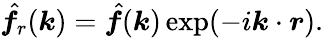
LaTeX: \hat{\boldsymbol f}_{r}(\boldsymbol k)=\hat{\boldsymbol f}(\boldsymbol k)\exp(-i\boldsymbol k\cdot\boldsymbol r).